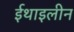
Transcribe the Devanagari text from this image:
ईथाइलीन